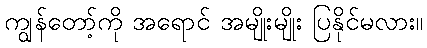
ကျွန်တော့်ကို အရောင် အမျိုးမျိုး ပြနိုင်မလား။